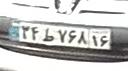
۳۴ط۷۶۸۱۶